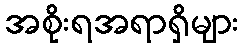
အစိုးရအရာရှိများ